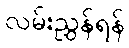
လမ်းညွှန်ရန်